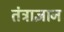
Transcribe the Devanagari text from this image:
तंत्राज्ञान